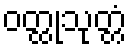
ဝတ္ထုသုတ္တံ